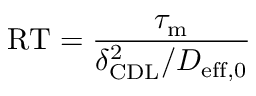
\mathrm { R T } = \frac { \tau _ { \mathrm { m } } } { \delta _ { \mathrm { { C D L } } } ^ { 2 } / D _ { \mathrm { { e f f } , 0 } } }